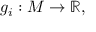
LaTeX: g _ { i } : M \to \mathbb { R } ,